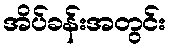
အိပ်ခန်းအတွင်း